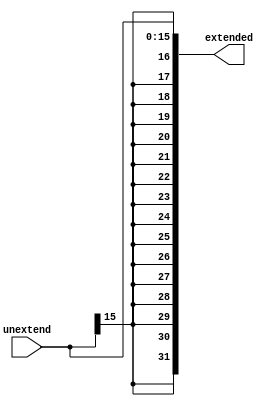
module sign_ext(unextend,extended);
input  [15:0] unextend;
output [31:0] extended;

assign extended = {{16{unextend[15]}}, unextend};

endmodule